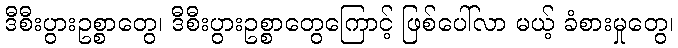
ဒီစီးပွားဥစ္စာတွေ၊ ဒီစီးပွားဥစ္စာတွေကြောင့် ဖြစ်ပေါ်လာ မယ့် ခံစားမှုတွေ၊